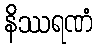
နိဿရဏံ